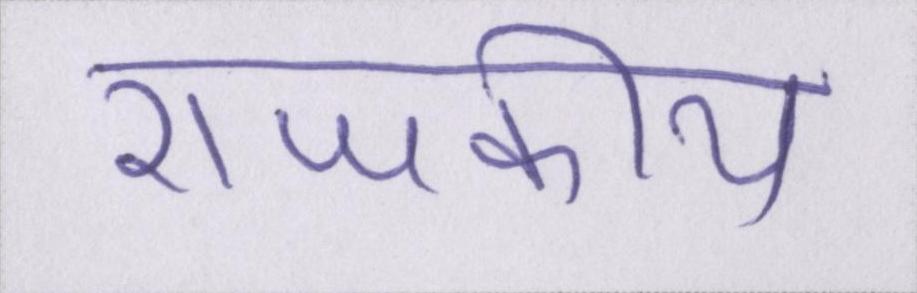
राजकीय